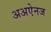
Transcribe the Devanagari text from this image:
अअऐनज